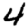
Digit: 4